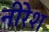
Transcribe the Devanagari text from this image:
नीरेश